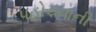
પહોચવાની